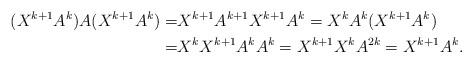
LaTeX: \begin{align*} (X^{k+1}A^{k})A(X^{k+1}A^{k})=&X^{k+1}A^{k+1}X^{k+1}A^{k}=X^{k}A^{k}(X^{k+1}A^{k})\\=&X^{k}X^{k+1}A^{k}A^{k}=X^{k+1}X^{k}A^{2k}=X^{k+1}A^{k}.\end{align*}